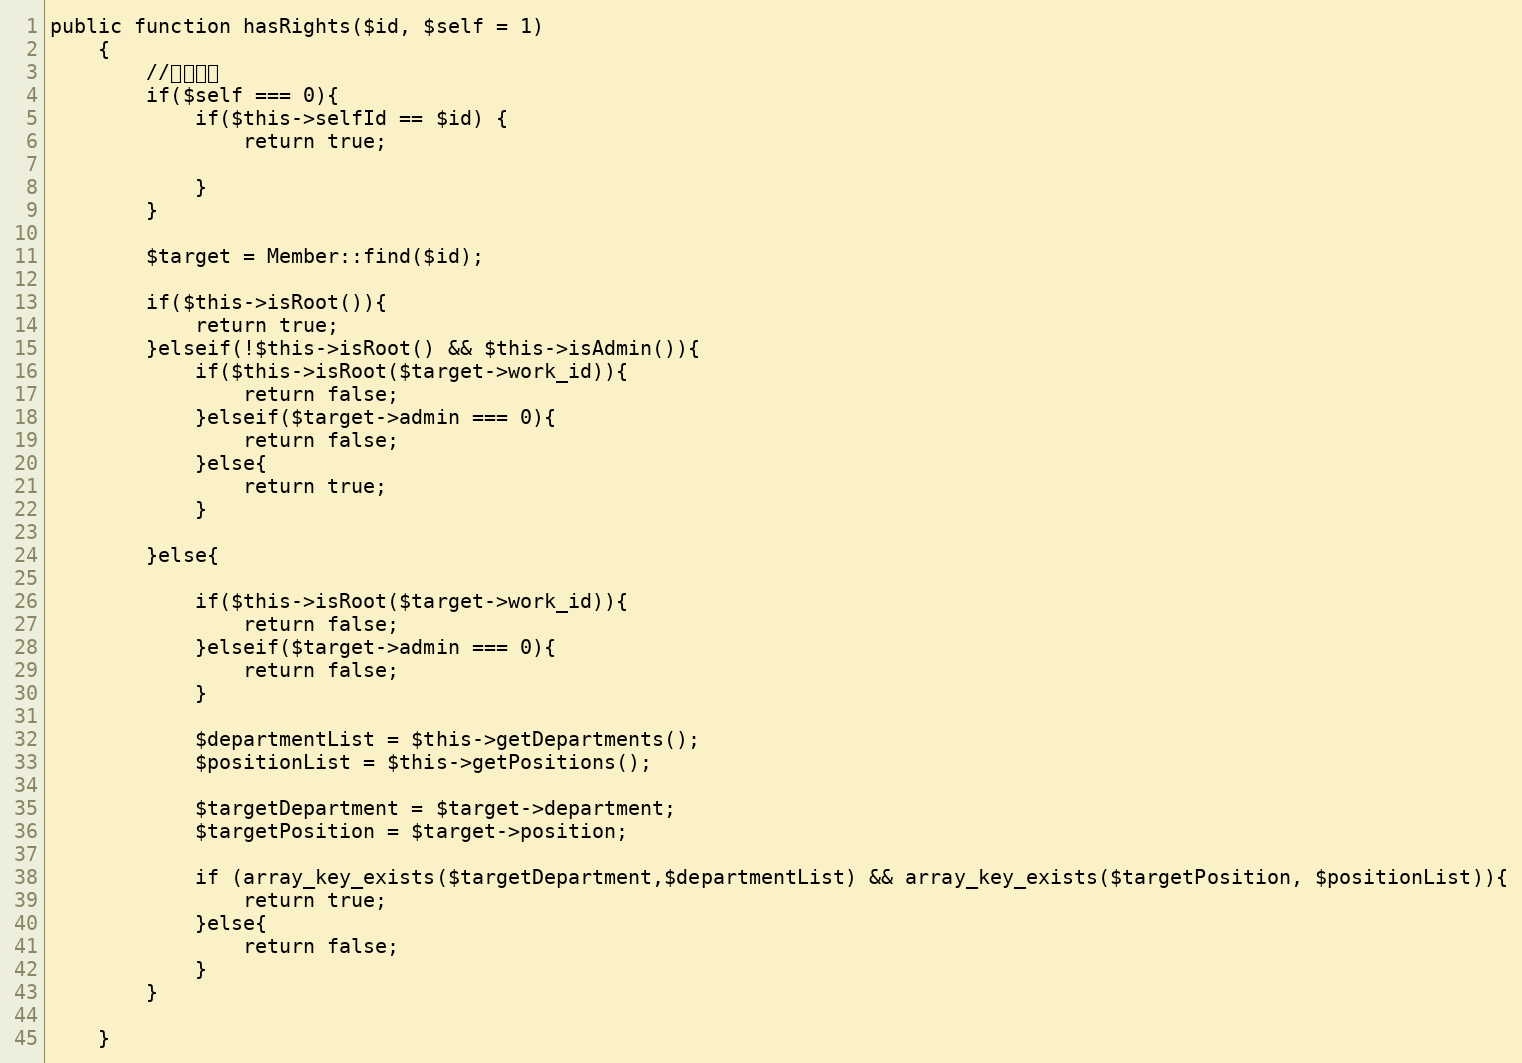
Language: PHP
public function hasRights($id, $self = 1)
	{
		//允许本人
		if($self === 0){
			if($this->selfId == $id) {
				return true;

			}
		}

		$target = Member::find($id);

		if($this->isRoot()){
			return true;
		}elseif(!$this->isRoot() && $this->isAdmin()){
			if($this->isRoot($target->work_id)){
				return false;
			}elseif($target->admin === 0){
				return false;
			}else{
				return true;
			}

		}else{

			if($this->isRoot($target->work_id)){
				return false;
			}elseif($target->admin === 0){
				return false;
			}

			$departmentList = $this->getDepartments();
			$positionList = $this->getPositions();

			$targetDepartment = $target->department;
			$targetPosition = $target->position;

			if (array_key_exists($targetDepartment,$departmentList) && array_key_exists($targetPosition, $positionList)){
			  	return true;
			}else{
			  	return false;
			}
		}

	}